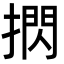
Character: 㨛